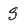
Character: S